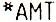
*AMT